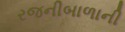
રજનીબાળાની